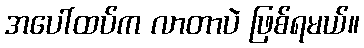
အပေါ်ထပ်က လာတာပဲ ဖြစ်ရမယ်။